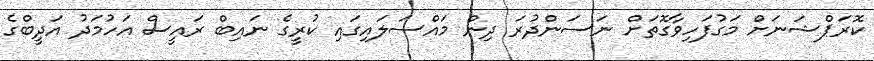
ކޮރަޕްޝަނަށް މަގުފަހިވާގޮތަށް ނަސަންދުރަ ދިން މައްސަލައިގައި ކުރީގެ ނައިބް ރައީސް އަހުމަދު އަދީބްގެ